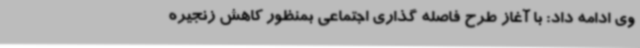
وی ادامه داد: با آغاز طرح فاصله گذاری اجتماعی بمنظور کاهش زنجیره